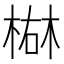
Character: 𪲴